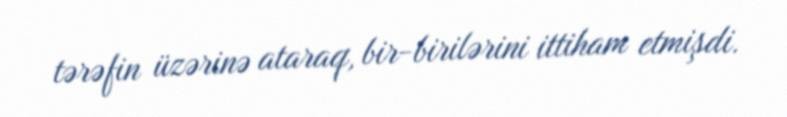
tərəfin üzərinə ataraq, bir-birilərini ittiham etmişdi.